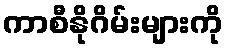
ကာစီနိုဂိမ်းများကို